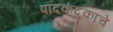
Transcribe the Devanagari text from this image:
पादकंदुकाचे